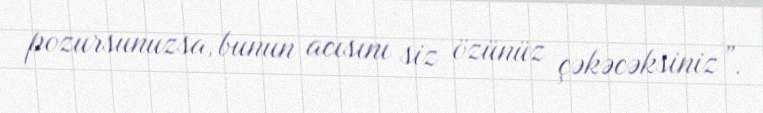
pozursunuzsa, bunun acısını siz özünüz çəkəcəksiniz”.